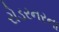
રોડરનરના